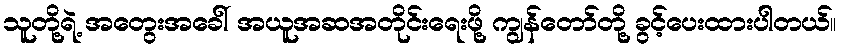
သူတို့ရဲ့ အတွေးအခေါ် အယူအဆအတိုင်းရေးဖို့ ကျွန်တော်တို့ ခွင့်ပေးထားပါတယ်။